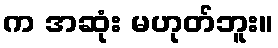
က အဆုံး မဟုတ်ဘူး။